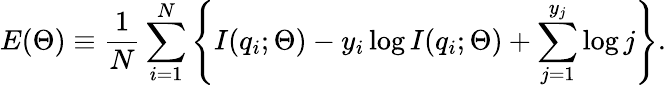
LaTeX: E(\Theta)\equiv\frac{1}{N}\sum_{i=1}^{N}\left\{ I(q_{i};\Theta)-y_{i}\log I(q_{i};\Theta)+\sum_{j=1}^{y_{j}}\log j\right\} .